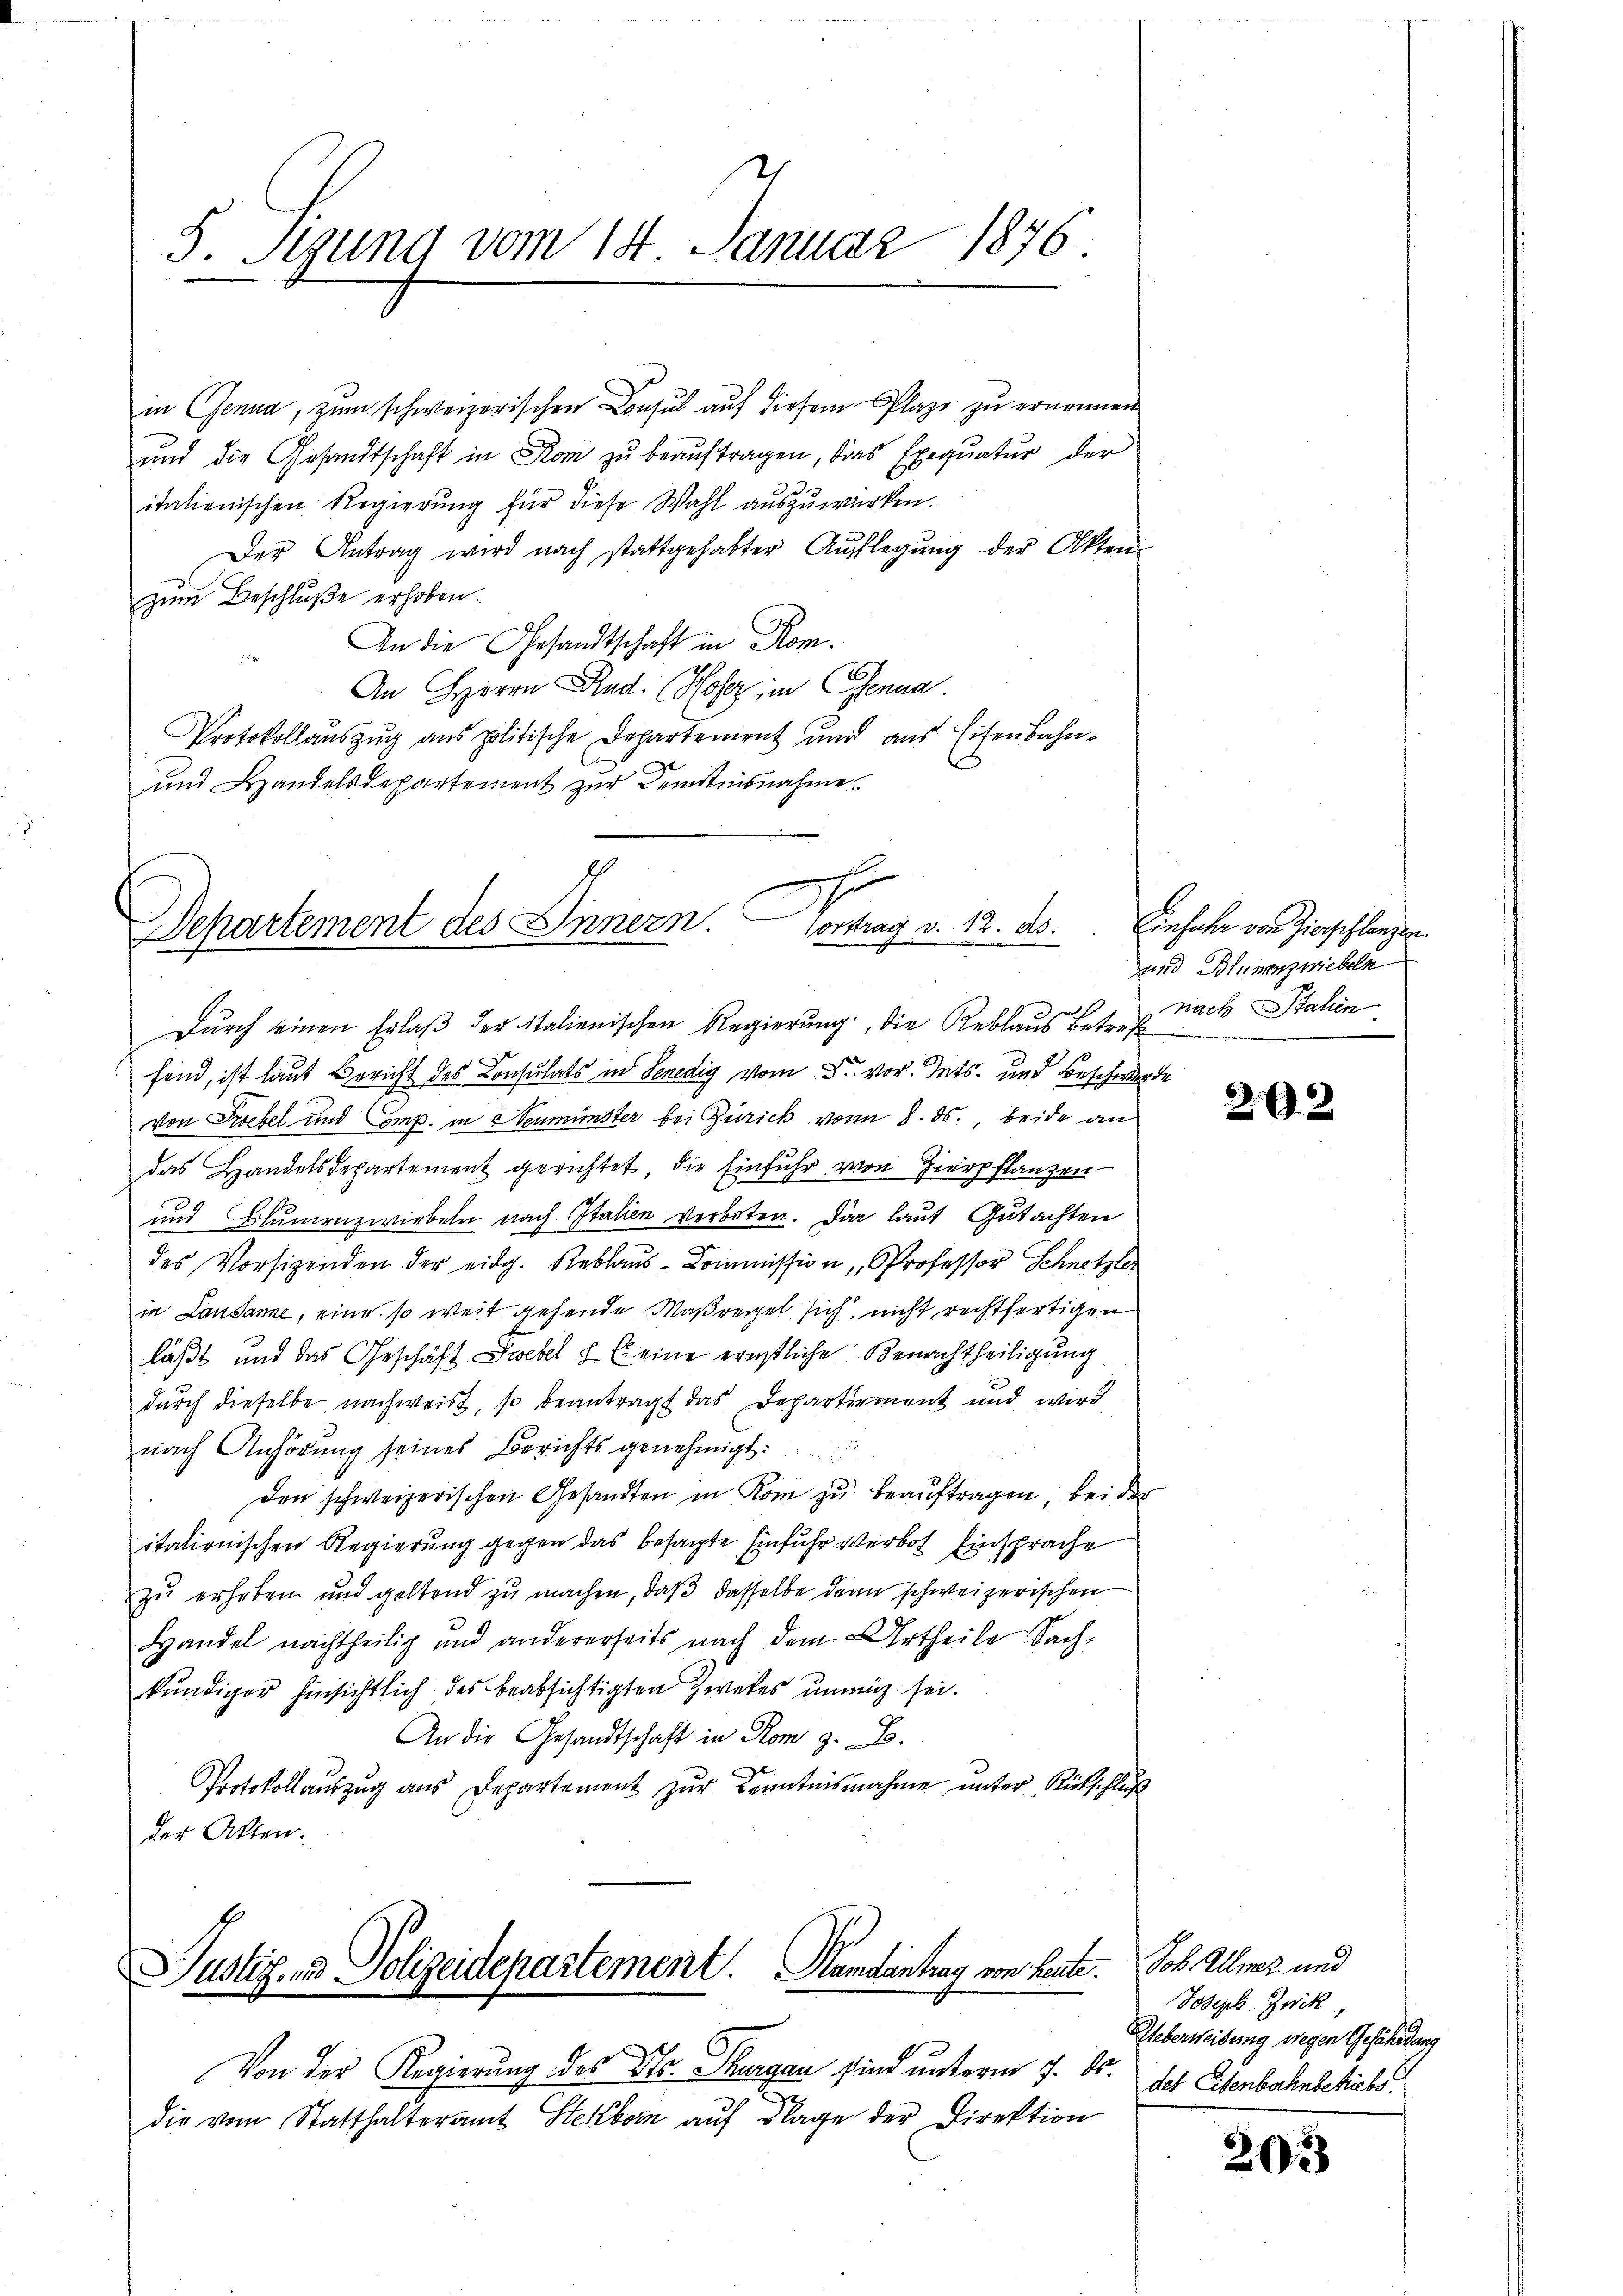
S. Stund vom 14. Januar 1876

in Genua, zum schweizerischen Consul auf diesem Plaze zu ernennen
und die Gesandtschaft in Rom zu beauftragen, dies Exequatur der
italienischen Regierung für diese Wahl auszuwerken.
Der Antrag wird nach stattgehabter Aŭflegŭng der Akten-
zum Beschluße erhoben.
An die Gesandtschaft in Rom.
An Herrn Rud. Hofer im Genua
Protokollauszug aus politische Departement und aus Eisenbahn-
und Handelsdepartement zur Kenntnisnahme.

Departement des Innern. Contrag v. 13. ds.

Justiz- & Polizeidepartement. Hambantrag von heute.
e

Durch einen Erlaβ der italienischen Regierung, die Reblaus betref
sind, ist laut Bericht des Consulats in Venedig vom 5. vor. Mts. und Beschwerde
von Triebel und Emp. in Neumünster bei Zürich von 8. ds., beide an
das Handelsdepartement gerichtet, die Einfuhr von Hierpflanzen
und Blumenzwirbeln nach Italien verboten. Da laut Gutachten
des Vorsitzenden der eidg. Rablaus-Commission, Professor Schnetzler
in Lausanne, eine so weit gehende Maßregel sich nicht rechtfertigen
läßt und das Geschäft Swebel & Ei eine ernstliche Benachtheiligung
durch dieselbe nachweist, so beantragt das Departiement und wird
nach Anhörung seines Berichts genehmigt:
den schweizerischen Gesandten in Rom zu beauftragen, bei der
itationischen Regierung gegen das besagte Einfuhr verbot Einsprache
zŭ erhoben und geltend zu machen, daβ dasselbe dann schweizerischen
Handel nachtheilig und andererseits nach dem Urtheile Sachkündiger hinsichtlich des beabsichtigten Zwekes unmit sei.
An die Gesandtschaft in Rom z. B.
Protokollauszug aus Departement zur Kenntnisnahme unter Rückschluß
der Akten.

1
Von der Regierung des Dir. Thurgau sind unterm 7. ds.
die vom Statthalteramt Steckborn auf Klage der Direktion

Einfuhr von Zierpflanzen
und Blumenzwiebeln
nach Italien

292

Joh. Allmer und
Joseph. Zwik
Ueberweisung wegen Gefährdung
des Eisenbahnbetriebs

202